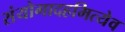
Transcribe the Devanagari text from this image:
संयोगादहमित्येव